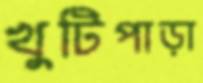
খুটিপাড়া